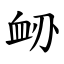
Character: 䘐